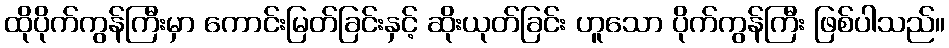
ထိုပိုက်ကွန်ကြီးမှာ ကောင်းမြတ်ခြင်းနှင့် ဆိုးယုတ်ခြင်း ဟူသော ပိုက်ကွန်ကြီး ဖြစ်ပါသည်။